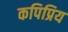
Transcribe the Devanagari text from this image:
कपिप्रिय